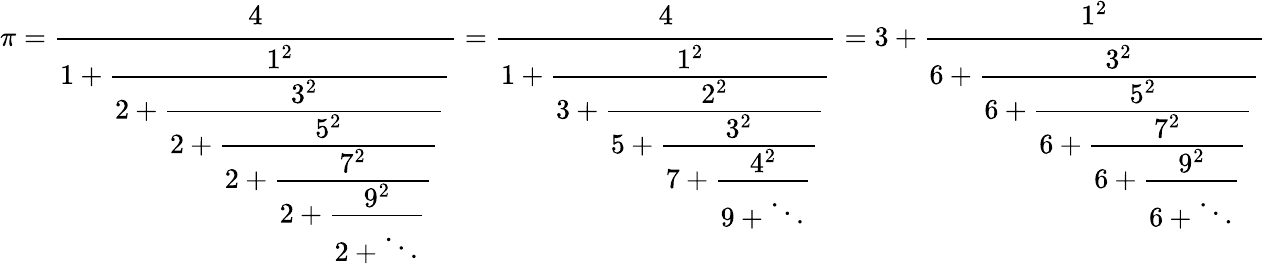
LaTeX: \pi={\cfrac{4}{1+{\cfrac{1^{2}}{2+{\cfrac{3^{2}}{2+{\cfrac{5^{2}}{2+{\cfrac{7^{2}}{2+{\cfrac{9^{2}}{2+\ddots}}}}}}}}}}}}={\cfrac{4}{1+{\cfrac{1^{2}}{3+{\cfrac{2^{2}}{5+{\cfrac{3^{2}}{7+{\cfrac{4^{2}}{9+\ddots}}}}}}}}}}=3+{\cfrac{1^{2}}{6+{\cfrac{3^{2}}{6+{\cfrac{5^{2}}{6+{\cfrac{7^{2}}{6+{\cfrac{9^{2}}{6+\ddots}}}}}}}}}}